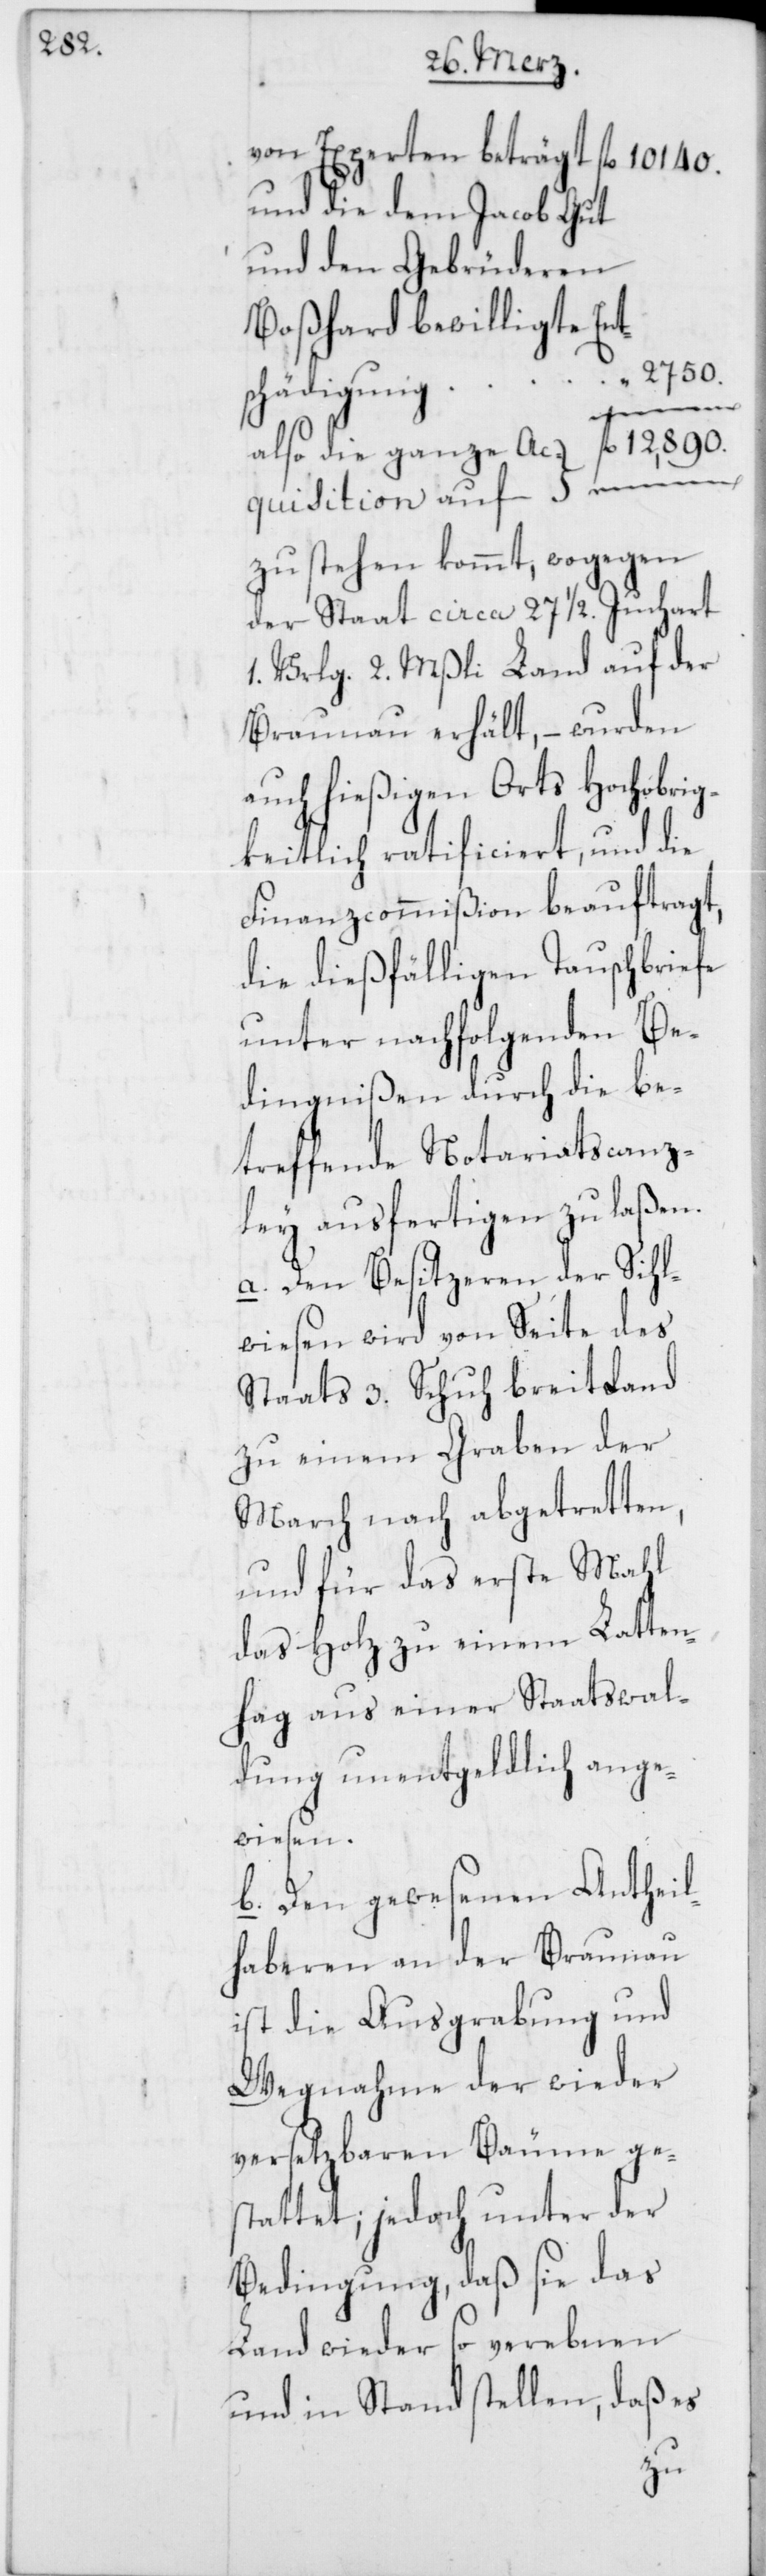
von Experten beträgt fl. 10140.
und die dem Jacob Gut
und den Gebrüderen
Boßhard bewilligte Ent¬
schädigung “ 2750.
die ganze
Acquisition auf fl.
zu stehen kommt, wogegen
der Staat circa 27 1/2 Juchart
1. Vrlg. 2. Mßli Land auf der
Braunau erhält, – wurden
auch hießigen Orts Hochobrig¬
keitlich ratificiert, und die
Finanzcommißion beauftragt,
die dießfälligen Tauschbriefe
unter nachfolgenden Be¬
dingnißen durch die be¬
treffende Notariatscanz¬
ley ausfertigen zu laßen.
a. Den Besitzeren der Sihl¬
wiesen wird von Seite des
Staats 3. Schuh breit Land
zu einem Graben der
March nach abgetretten,
und für das erste Mahl
das Holz zu einem Latten¬
hag aus einer Staatswal¬
dung unentgeldlich ange¬
wiesen.
b. Den gewesenen Antheil¬
haberen an der Braunau
ist die Ausgrabung und
Wegnahme der wieder
versetzbaren Bäume ges¬
tattet; jedoch unter der
Bedingung, daß sie das
Land wieder so verebnen
und in Stand stellen, daß es